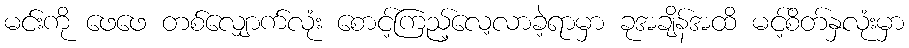
မင်းကို ဖေဖေ တစ်လျှောက်လုံး စောင့်ကြည့်လေ့လာခဲ့ရာမှာ ခုအချိန်အထိ မင့်စိတ်နှလုံးမှာ